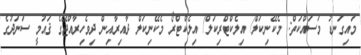
މައިގަނޑު މަސައްކަތް: މެކޭނިކަލް/ އިލެކްޓްރިކަލް/ އިލެކްޓްރޯ މެކޭނިކަލް ދާއިރާއިން ދިވެހިރާއްޖޭގެ ޤައުމީ ސަނަދުގެ